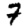
Digit: 7